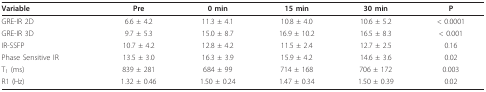
<table><thead><tr><td><b>Variable</b></td><td><b>Pre</b></td><td><b>0 min</b></td><td><b>15 min</b></td><td><b>30 min</b></td><td><b>P</b></td></tr></thead><tbody><tr><td>GRE-IR 2D</td><td>6.6 ± 4.2</td><td>11.3 ± 4.1</td><td>10.8 ± 4.0</td><td>10.6 ± 5.2</td><td>&lt; 0.0001</td></tr><tr><td>GRE-IR 3D</td><td>9.7 ± 5.3</td><td>15.0 ± 8.7</td><td>16.9 ± 10.2</td><td>16.5 ± 8.3</td><td>&lt; 0.001</td></tr><tr><td>IR-SSFP</td><td>10.7 ± 4.2</td><td>12.8 ± 4.2</td><td>11.5 ± 2.4</td><td>12.7 ± 2.5</td><td>0.16</td></tr><tr><td>Phase Sensitive IR</td><td>13.5 ± 3.0</td><td>16.3 ± 3.9</td><td>15.9 ± 4.2</td><td>14.6 ± 3.6</td><td>0.02</td></tr><tr><td>T<sub>1 </sub>(ms)</td><td>839 ± 281</td><td>684 ± 99</td><td>714 ± 168</td><td>706 ± 172</td><td>0.003</td></tr><tr><td>R1 (Hz)</td><td>1.32 ± 0.46</td><td>1.50 ± 0.24</td><td>1.47 ± 0.34</td><td>1.50 ± 0.39</td><td>0.02</td></tr></tbody></table>